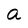
Character: a